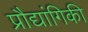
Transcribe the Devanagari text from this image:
प्रौद्यांगिकी